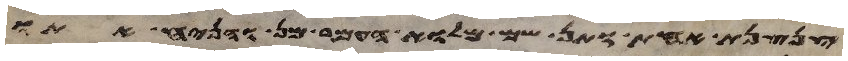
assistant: צנצנת אחת ותן שם מלוא העמר מן והניח אתו